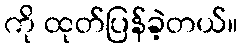
ကို ထုတ်ပြန်ခဲ့တယ်။